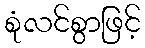
စုံလင်စွာဖြင့်